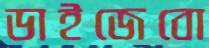
ডাইজেবো